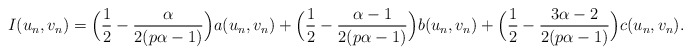
\begin{align*}I(u_{n},v_{n})=\Big(\frac{1}{2}-\frac{\alpha}{2(p\alpha-1)}\Big)a(u_{n},v_{n})+\Big(\frac{1}{2}-\frac{\alpha-1}{2(p\alpha-1)}\Big)b(u_{n},v_{n})+\Big(\frac{1}{2}-\frac{3\alpha-2}{2(p\alpha-1)}\Big)c(u_{n},v_{n}).\end{align*}